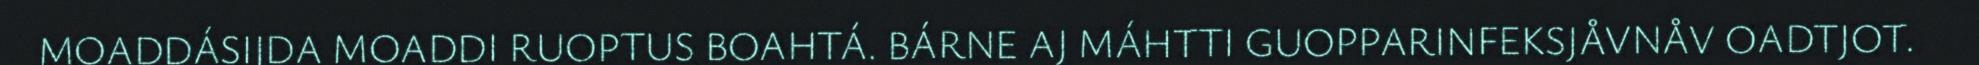
MOADDÁSIJDA MOADDI RUOPTUS BOAHTÁ. BÁRNE AJ MÁHTTI GUOPPARINFEKSJÅVNÅV OADTJOT.